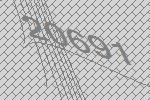
20691